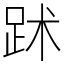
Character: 䟣